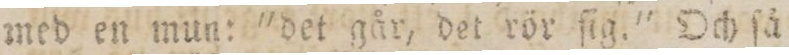
med en mun: 'det går, det rör ſig.' Och ſå